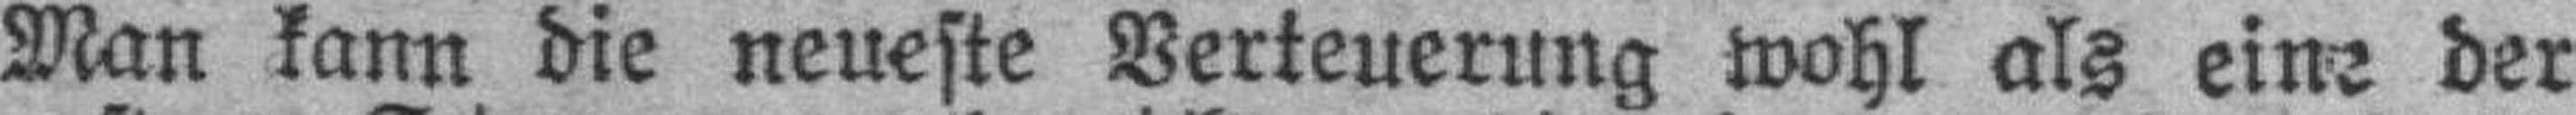
Man kann die neueste Verteuerung wohl als eine der